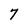
Character: 7